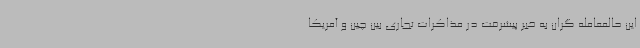
این حالمعامله گران به خبر پیشرفت در مذاکرات تجاری بین چین و آمریکا